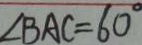
\angle B A C = 6 0 ^ { \circ }